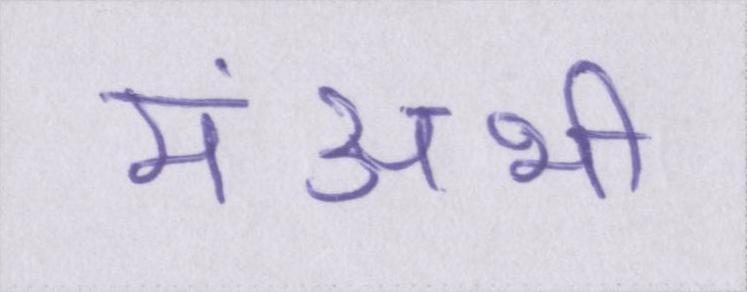
मंअभी